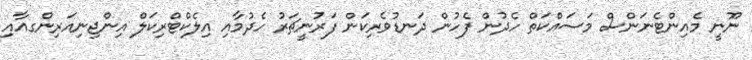
ނޫނީ މެއިންޓެނަންސް މަސައްކަތް ހެދުން ފެހުން ދަނޑުވެރިކަން ފަރުނީޗަރު ހެދުމާއި އިލެކްޓްރިކަލް އިންޖިނިއަރިންގއާއި